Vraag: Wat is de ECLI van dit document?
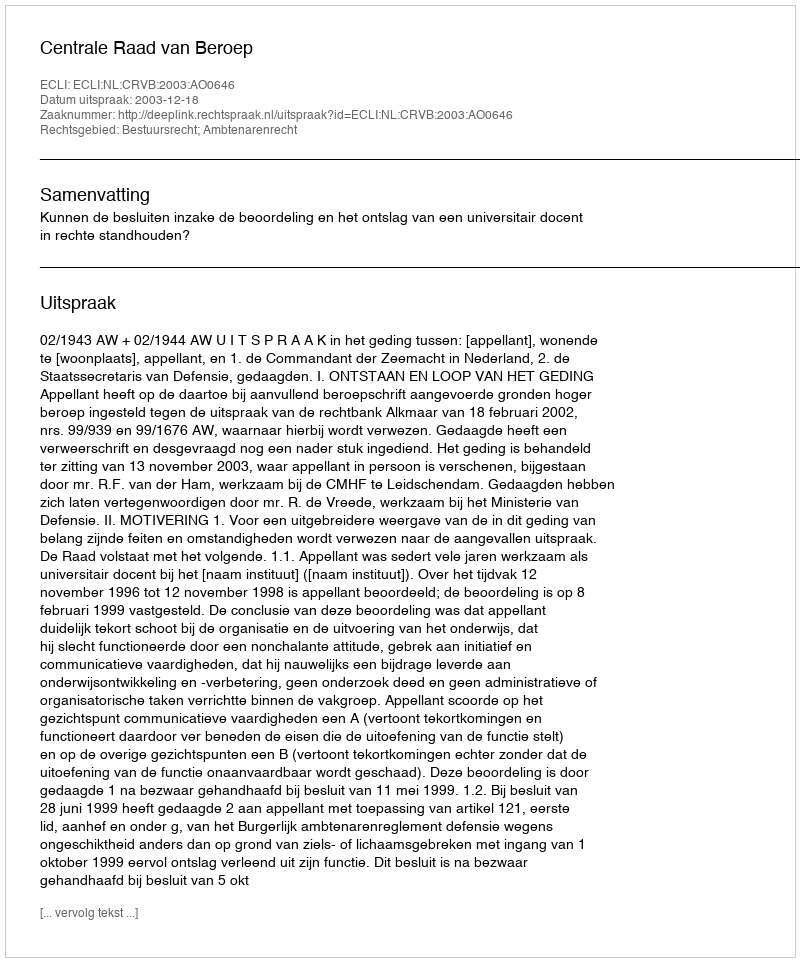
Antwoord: ECLI:NL:CRVB:2003:AO0646